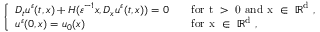
\left\{ \begin{array} { l l } { D _ { t } u ^ { \varepsilon } ( t , x ) + H ( \varepsilon ^ { - 1 } x , D _ { x } u ^ { \varepsilon } ( t , x ) ) = 0 } & { \quad \mathrm { f o r ~ t ~ > ~ 0 ~ a n d ~ x ~ \in ~ \mathbb { R } ^ d ~ , } } \\ { u ^ { \varepsilon } ( 0 , x ) = u _ { 0 } ( x ) } & { \quad \mathrm { f o r ~ x ~ \in ~ \mathbb { R } ^ d ~ , } } \end{array} \right.